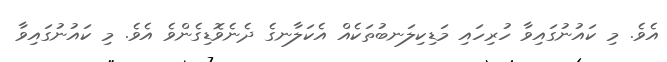
އެވެ. މި ކައުނުގައިވާ ހުރިހައި މަޑިކިލަނބުތަކެއް އެކަލާނގެ ދެނެވޮޑިގެންވެ އެވެ. މި ކައުނުގައިވާ